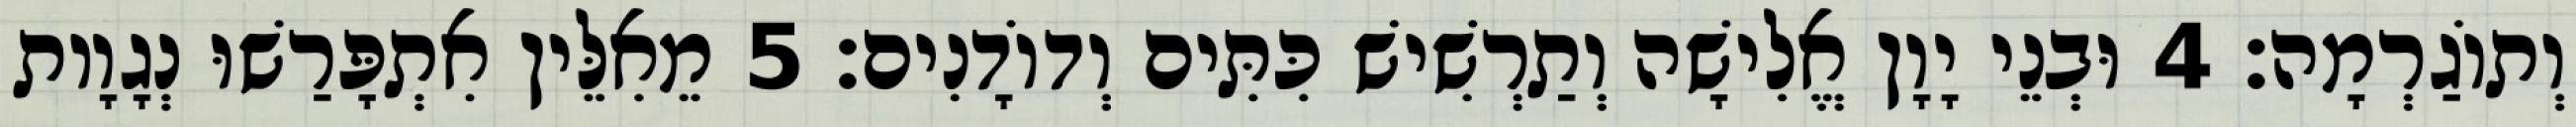
וְתוֹגַרְמָה׃ 4 וּבְנֵי יָוָן אֱלִישָׁה וְתַרְשִׁישׁ כִּתִּים וְדוֹדָנִים׃ 5 מֵאִלֵּין אִתְפָּרַשׁוּ נְגָוָות